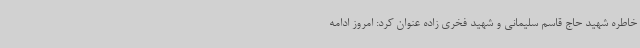
خاطره شهید حاج قاسم سلیمانی و شهید فخری زاده عنوان کرد: امروز ادامه